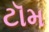
ટૉમ